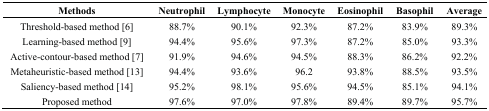
<table><thead><tr><td><b>Methods</b></td><td><b>Neutrophil</b></td><td><b>Lymphocyte</b></td><td><b>Monocyte</b></td><td><b>Eosinophil</b></td><td><b>Basophil</b></td><td><b>Average</b></td></tr></thead><tbody><tr><td>Threshold-based method [6]</td><td>88.7%</td><td>90.1%</td><td>92.3%</td><td>87.2%</td><td>83.9%</td><td>89.3%</td></tr><tr><td>Learning-based method [9]</td><td>94.4%</td><td>95.6%</td><td>97.3%</td><td>87.2%</td><td>85.0%</td><td>93.3%</td></tr><tr><td>Active-contour-based method [7]</td><td>91.9%</td><td>94.6%</td><td>94.5%</td><td>88.3%</td><td>86.2%</td><td>92.2%</td></tr><tr><td>Metaheuristic-based method [13]</td><td>94.4%</td><td>93.6%</td><td>96.2</td><td>93.8%</td><td>88.5%</td><td>93.5%</td></tr><tr><td>Saliency-based method [14]</td><td>95.2%</td><td>98.1%</td><td>95.6%</td><td>94.5%</td><td>85.1%</td><td>94.1%</td></tr><tr><td>Proposed method</td><td>97.6%</td><td>97.0%</td><td>97.8%</td><td>89.4%</td><td>89.7%</td><td>95.7%</td></tr></tbody></table>